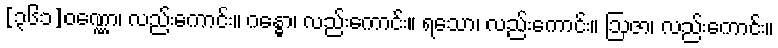
[၃၆၁]ဝဏ္ဏော၊ လည်းကောင်း။ ဂန္ဓော၊ လည်းကောင်း။ ရသော၊ လည်းကောင်း။ ဩဇာ၊ လည်းကောင်း။